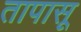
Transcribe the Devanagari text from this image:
तापासू